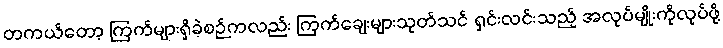
တကယ်တော့ ကြက်များရှိခဲ့စဉ်ကလည်း ကြက်ချေးများသုတ်သင် ရှင်းလင်းသည့် အလုပ်မျိုးကိုလုပ်ဖို့